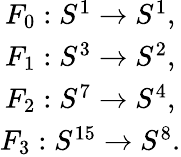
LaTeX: \begin{array}{c}{{F_{0}:S^{1}\rightarrow S^{1},}}\\ {{F_{1}:S^{3}\rightarrow S^{2},}}\\ {{F_{2}:S^{7}\rightarrow S^{4},}}\\ {{F_{3}:S^{15}\rightarrow S^{8}.}}\end{array}